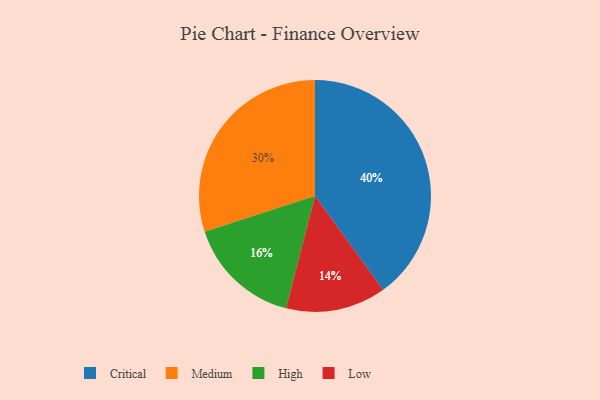
{"axis": {"x": "Category", "y": "Percentage"}, "legend": ["Critical", "High", "Low", "Medium"], "data": [{"x": "Low", "y": 14, "type": "Low"}, {"x": "Medium", "y": 30, "type": "Medium"}, {"x": "Critical", "y": 40, "type": "Critical"}, {"x": "High", "y": 16, "type": "High"}]}